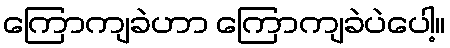
ကြောကျခဲဟာ ကြောကျခဲပဲပေါ့။